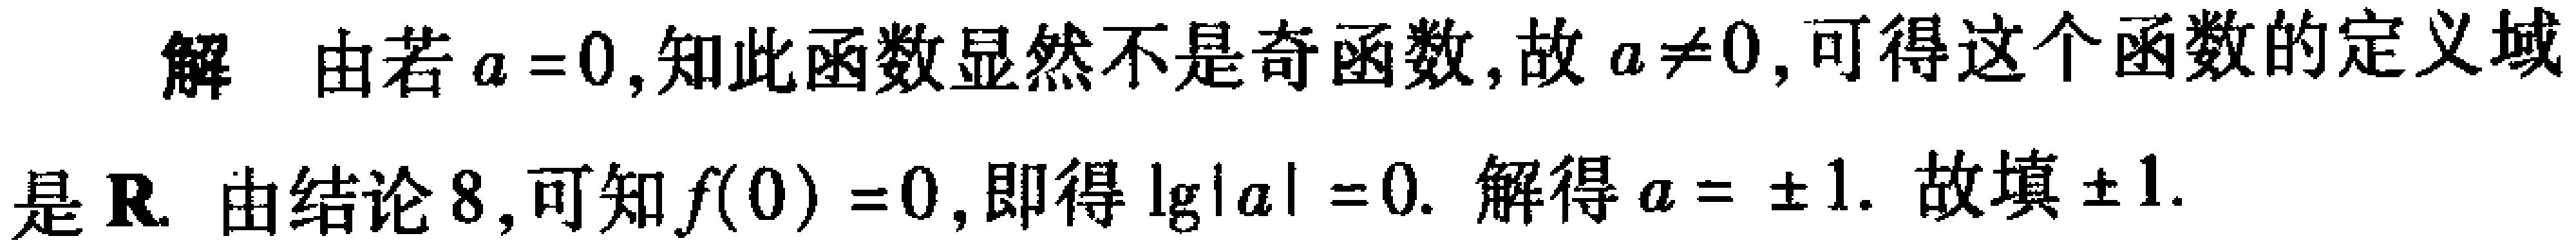
解 由若\(a = 0\),知此函数显然不是奇函数,故\(a\neq0\),可得这个函数的定义域是\(\mathbf{R}\). 由结论\(8\),可知\(f(0)=0\),即得\(\lg|a| = 0\). 解得\(a=\pm1\). 故填\(\pm1\).